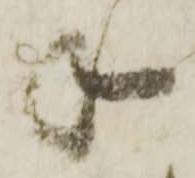
年